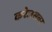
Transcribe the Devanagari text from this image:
करेजसवर